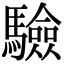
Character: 驗